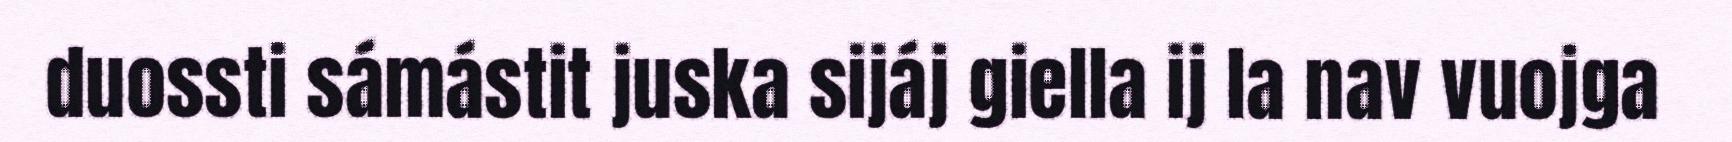
duossti sámástit juska sijáj giella ij la nav vuojga